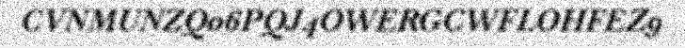
CVNMUNZQ06PQJ4OWERGCWFLOHFEZ9